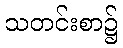
သတင်းစာ၌